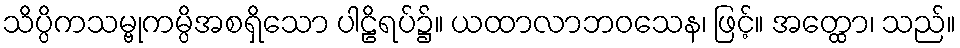
သိပ္ပိကသမ္ဗုကမ္ပိအစရှိသော ပါဠိရပ်၌။ ယထာလာဘဝသေန၊ ဖြင့်။ အတ္ထော၊ သည်။